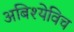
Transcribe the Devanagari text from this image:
अबिश्येविच